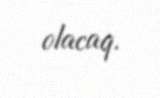
olacaq.